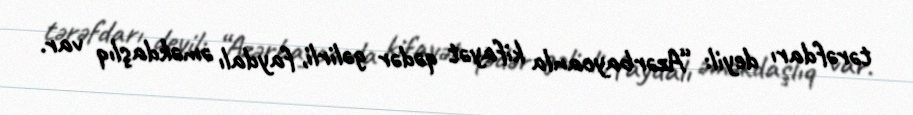
tərəfdarı deyil: “Azərbaycanla kifayət qədər gəlirli, faydalı əməkdaşlıq var.